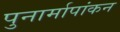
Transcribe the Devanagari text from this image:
पुनार्मापांकन